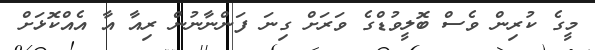
މީގެ ކުރިން ވެސް ބޮލީވުޑްގެ ވަރަށް ގިނަ ފަންނާނުން ރިއާ އާ އެއްކޮޅަށް